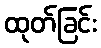
ထုတ်ခြင်း